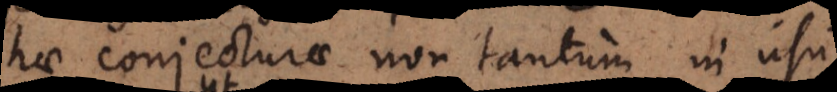
hae conjecturae non tantum in usu